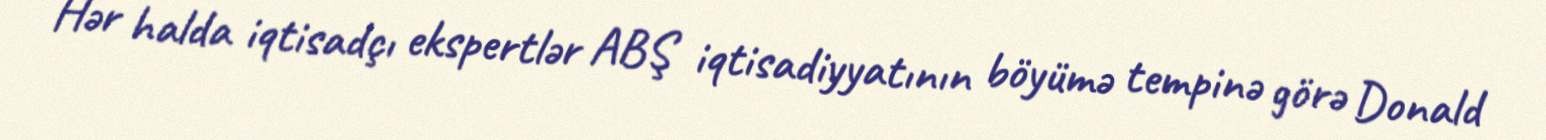
Hər halda iqtisadçı ekspertlər ABŞ iqtisadiyyatının böyümə tempinə görə Donald